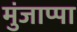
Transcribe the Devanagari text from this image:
मुंजाप्पा